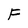
Character: F